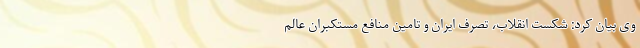
وی بیان کرد: شکست انقلاب، تصرف ایران و تامین منافع مستکبران عالم